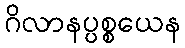
ဂိလာနပ္ပစ္စယေန